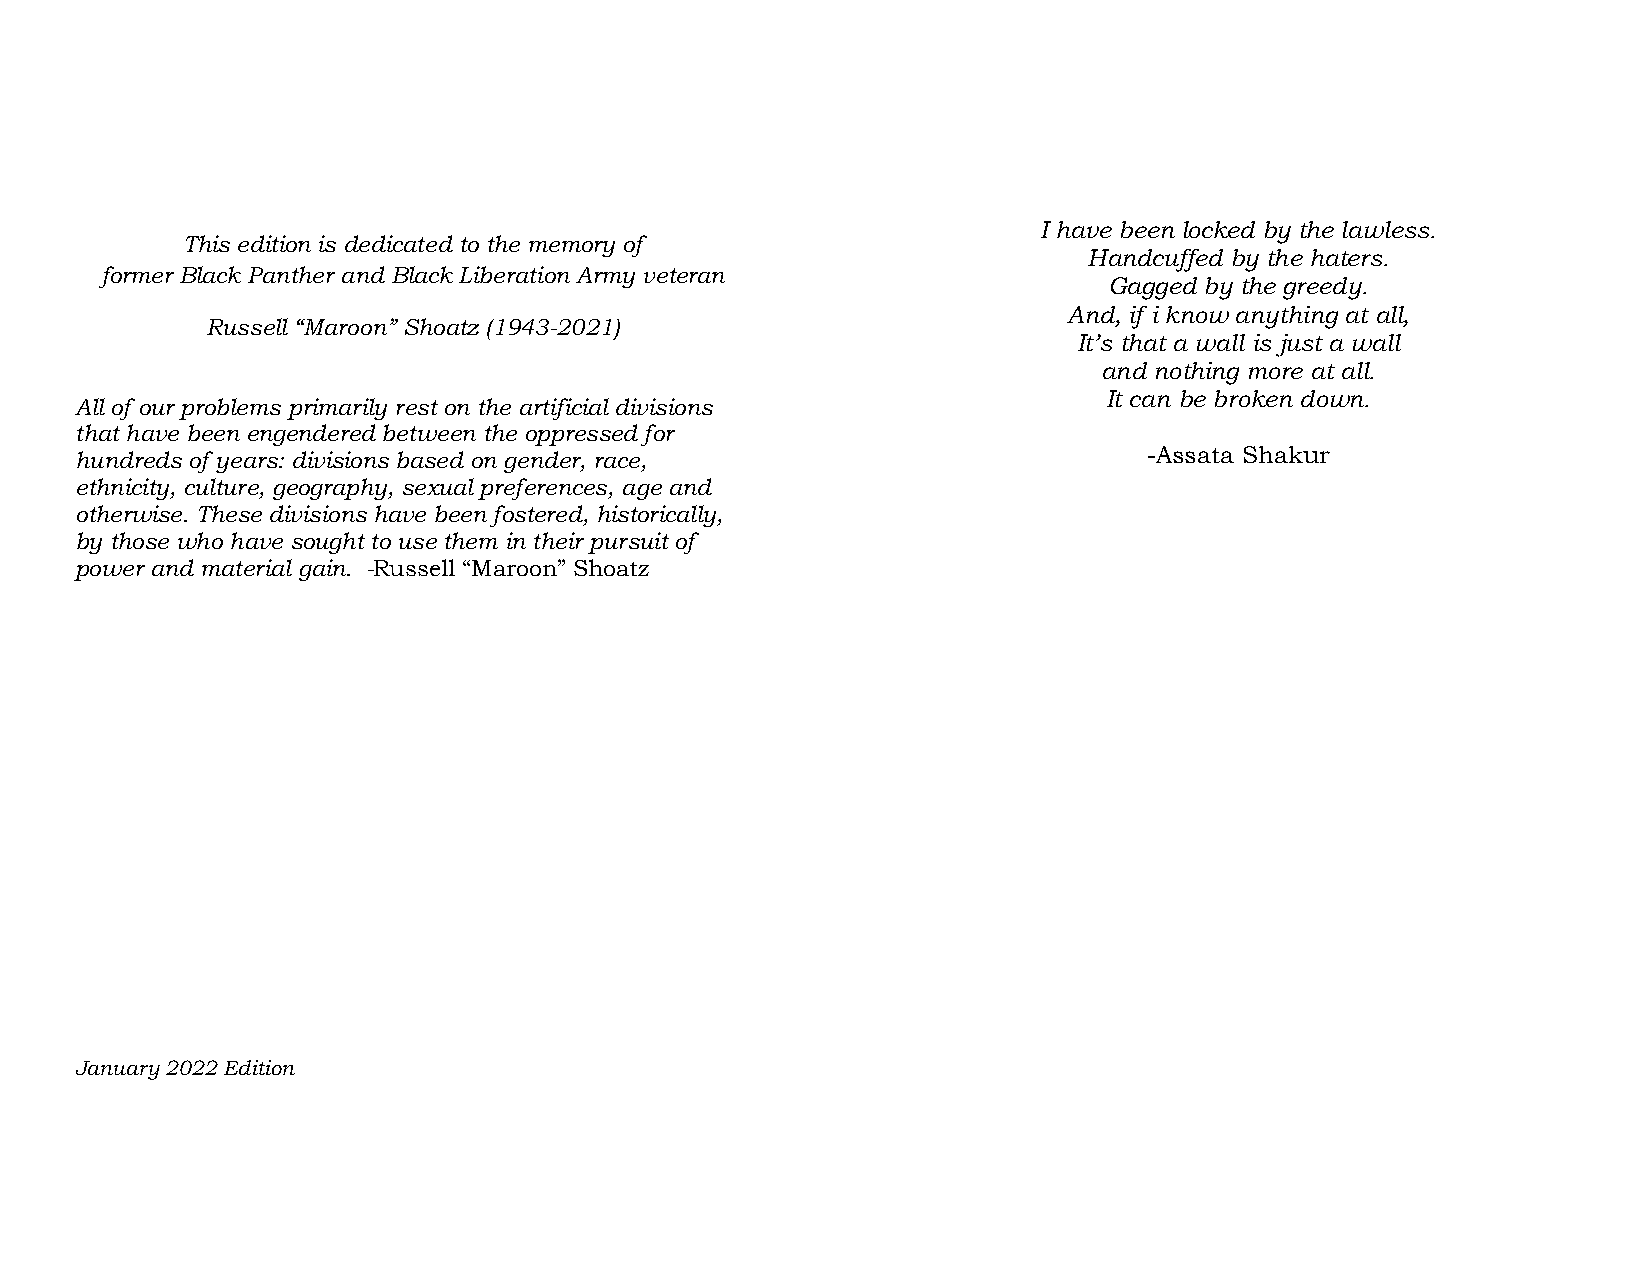
I have been locked by the lawless.
 This edition is dedicated to the memory of
 Handcuffed by the haters.
 former Black Panther and Black Liberation Army veteran
 Gagged by the greedy.
 And, if i know anything at all,
 Russell “Maroon” Shoatz (1943-2021)
 It’s that a wall is just a wall
 and nothing more at all.
 It can be broken down.
 All of our problems primarily rest on the artificial divisions
 that have been engendered between the oppressed for
 hundreds of years: divisions based on gender, race,                    -Assata Shakur
 ethnicity, culture, geography, sexual preferences, age and
 otherwise. These divisions have been fostered, historically,
 by those who have sought to use them in their pursuit of
 power and material gain. -Russell “Maroon” Shoatz
 January 2022 Edition